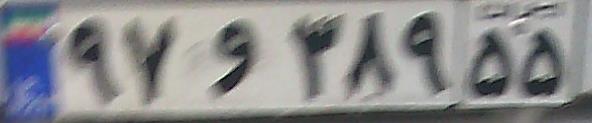
۹۷و۳۸۹۵۵